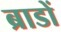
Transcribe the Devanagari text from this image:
ब्राडों